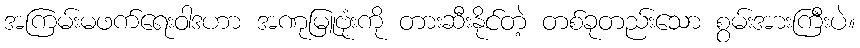
အကြမ်းမဖက်ရေးဝါဒဟာ အဏုမြူဗုံးကို တားဆီးနိုင်တဲ့ တစ်ခုတည်းသော စွမ်းအားကြီးပဲ။